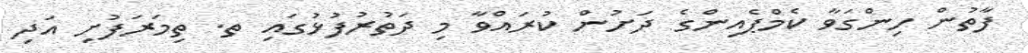
ފާތުން ހިންގަވާ ކެމްޕެއިންގެ ދަށުން ކުރައްވާ މި ދަތުރުފުޅުގައި ތ. ތިމަރަފުށި އަދި